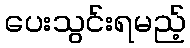
ပေးသွင်းရမည့်